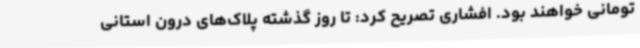
تومانی خواهند بود. افشاری تصریح کرد: تا روز گذشته پلاک‌های درون استانی